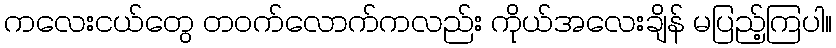
ကလေးငယ်တွေ တဝက်လောက်ကလည်း ကိုယ်အလေးချိန် မပြည့်ကြပါ။